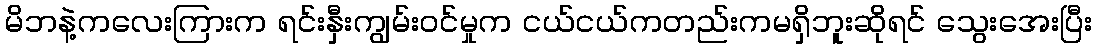
မိဘနဲ့ကလေးကြားက ရင်းနှီးကျွမ်းဝင်မှုက ငယ်ငယ်ကတည်းကမရှိဘူးဆိုရင် သွေးအေးပြီး